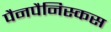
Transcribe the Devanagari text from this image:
पैनपैनिस्कस